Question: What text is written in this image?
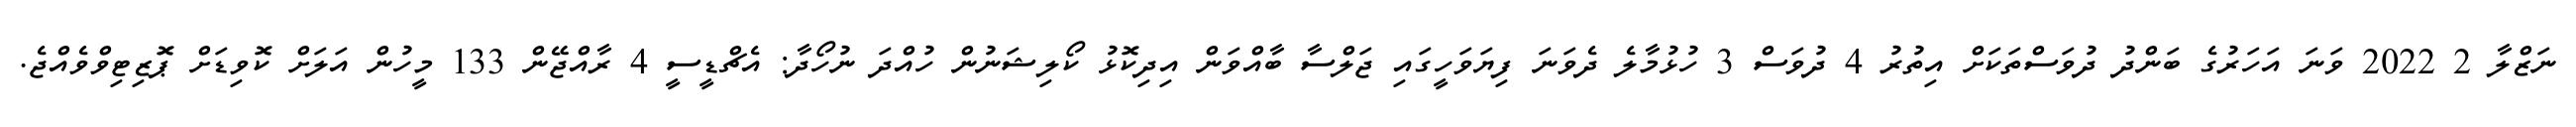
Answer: ނަޒްލާ 2 2022 ވަނަ އަހަރުގެ ބަންދު ދުވަސްތަކަށް އިތުރު 4 ދުވަސް 3 ހުޅުމާލެ ދެވަނަ ފިޔަވަހީގައި ޖަލްސާ ބާއްވަން އިދިކޮޅު ކޯލިޝަނުން ހުއްދަ ނުހޯދާ: އެޗްޑީސީ 4 ރާއްޖޭން 133 މީހުން އަލަށް ކޮވިޑަށް ޕަޮޒިޓިވްވެއްޖެ.